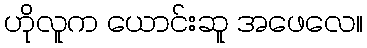
ဟိုလူက ယောင်းဆူ အဖေလေ။